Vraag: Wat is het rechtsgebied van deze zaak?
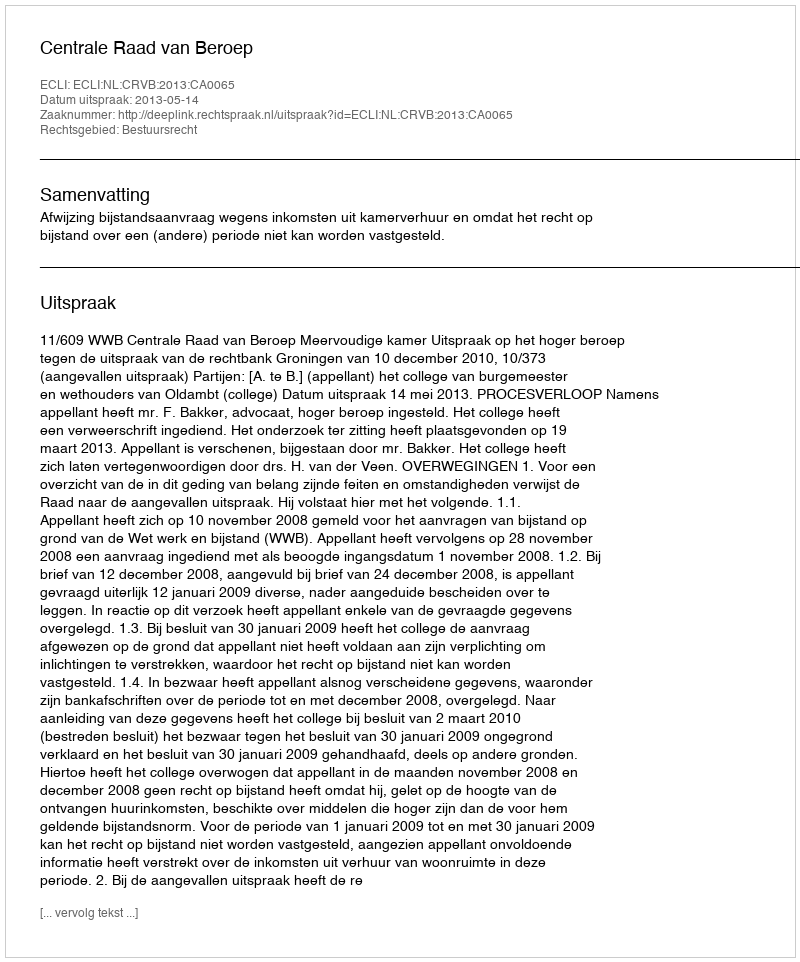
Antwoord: Bestuursrecht